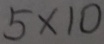
5 \times 1 0